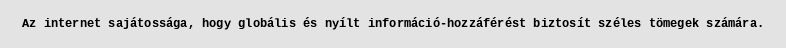
Az internet sajátossága, hogy globális és nyílt információ-hozzáférést biztosít széles tömegek számára.